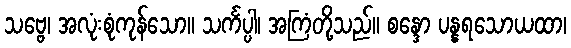
သဗ္ဗေ၊ အလုံးစုံကုန်သော။ သင်္ကပ္ပါ၊ အကြံတို့သည်။ စန္ဒော ပန္နရသောယထာ၊